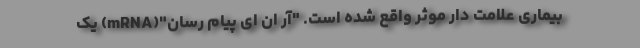
بیماری علامت دار موثر واقع شده است. "آر ان ای پیام رسان"(mRNA) یک